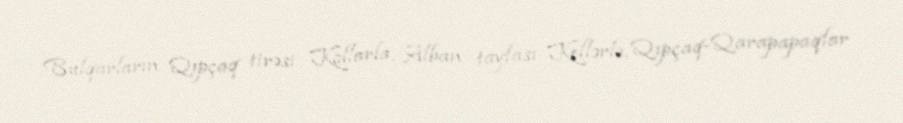
Bulqarların Qıpçaq tirəsi Kollarla, Alban tayfası Kellərlə, Qıpçaq-Qarapapaqlar